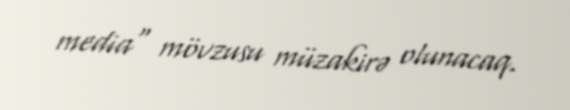
media" mövzusu müzakirə olunacaq.